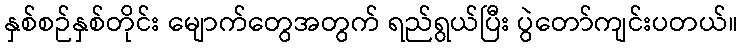
နှစ်စဉ်နှစ်တိုင်း မျောက်တွေအတွက် ရည်ရွယ်ပြီး ပွဲတော်ကျင်းပတယ်။